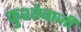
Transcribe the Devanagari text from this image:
कुश्तेबाजी